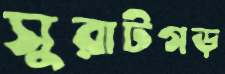
সুরাটগড়